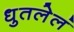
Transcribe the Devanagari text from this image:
धुतलेलं